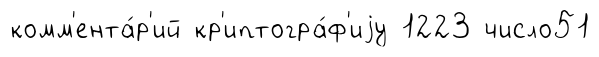
комм'ента́р'ий кр'иптогра́ф'иjу 1223 число51